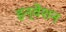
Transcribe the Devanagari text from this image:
इन्वेंशन